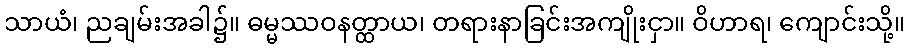
သာယံ၊ ညချမ်းအခါ၌။ ဓမ္မဿဝနတ္ထာယ၊ တရားနာခြင်းအကျိုးငှာ။ ဝိဟာရ၊ ကျောင်းသို့။